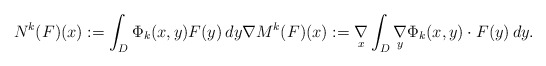
\begin{align*}N^k(F)(x):=\int_{D} \Phi_{k}(x,y)F(y)\,dy \nabla M^k(F)(x):=\underset{x}{\nabla}\int_{D}\underset{y}{\nabla}\Phi_{k}(x,y)\cdot F(y)\,dy.\end{align*}